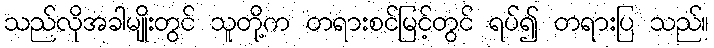
သည်လိုအခါမျိုးတွင် သူတို့က တရားစင်မြင့်တွင် ရပ်၍ တရားပြ သည်။